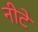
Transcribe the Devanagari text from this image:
नीटे